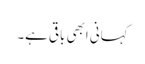
کہانی ابھی باقی ہے۔